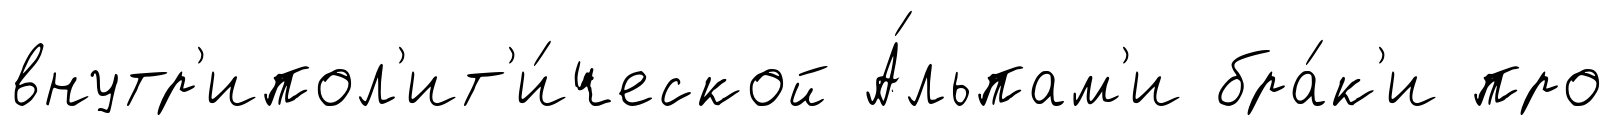
внутр'ипол'ит'и́ческой А́льпам'и бра́к'и про